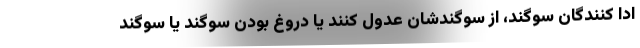
ادا کنندگان سوگند، از سوگندشان عدول کنند یا دروغ بودن سوگند یا سوگند